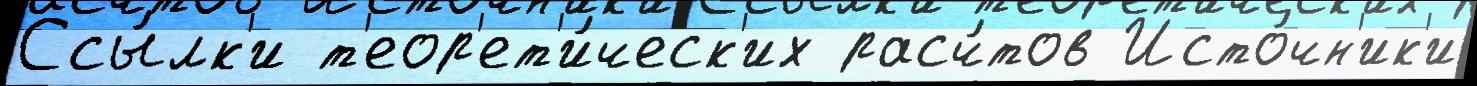
Ссы́лк'и т'еор'ет'и́ческ'их расч́тов Исто́чн'ик'и